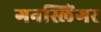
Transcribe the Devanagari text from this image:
गनस्लिंगर